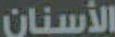
الأسنان